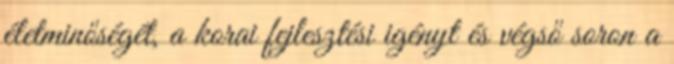
életminőségét, a korai fejlesztési igényt és végső soron a